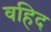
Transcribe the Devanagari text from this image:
वहिद